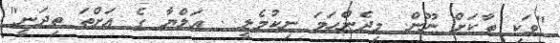
"ވަކި ތާކަށް ނޫން. މިދެންހަމަ ނިކުމެލީ . އަލްޔާ ގެ އަށްތަ ތިދަނީ"